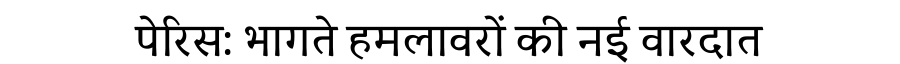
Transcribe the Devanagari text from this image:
पेरिस: भागते हमलावरों की नई वारदात